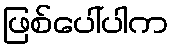
ဖြစ်ပေါ်ပါက